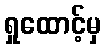
ရှုထောင့်မှ